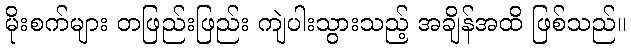
မိုးစက်များ တဖြည်းဖြည်း ကျဲပါးသွားသည့် အချိန်အထိ ဖြစ်သည်။